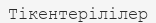
Тікентерілілер